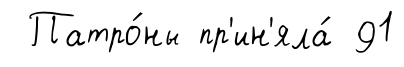
Патро́ны пр'ин'яла́ 91